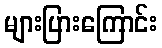
များပြားကြောင်း